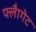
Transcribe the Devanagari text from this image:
फ्लैागेट